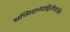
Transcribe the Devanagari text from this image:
सच्चिदानंदाद्वितीयोऽसि